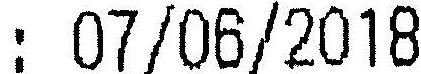
: 07/06/2018